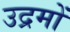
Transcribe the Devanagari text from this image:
उद्रमों